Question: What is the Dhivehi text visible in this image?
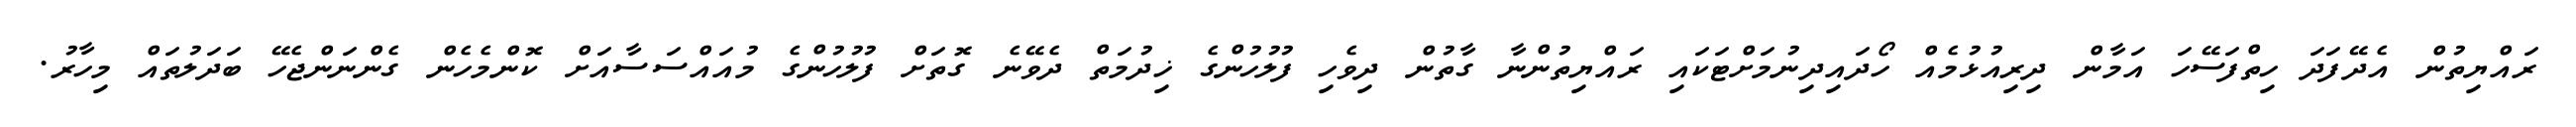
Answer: ރައްޔިތުން އެދޭފަދަ ހިތްފަސޭހަ އަމާން ދިރިއުޅުމެއް ހޯދައިދިނުމަށްޓަކައި ރައްޔިތުންނާ ގާތުން ދިވެހި ފުލުހުންގެ ޚިދުމަތް ދެވޭނެ ގޮތަށް ފުލުހުންގެ މުއައްސަސާއަށް ކޮންމެހެން ގެންނަންޖެހޭ ބަދަލުތައް މިހާރު.